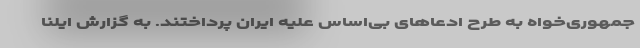
جمهوری‌خواه به طرح ادعاهای بی‌اساس علیه ایران پرداختند. به گزارش ایلنا